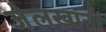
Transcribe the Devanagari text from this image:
जेलखानों